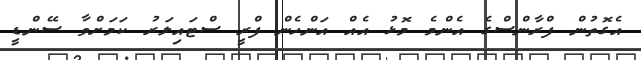
އެގޮތުން ފްރާންސްގެ އެންމެ މޮޅު އެއް އަންހެން ފްރީ ސްޓައިލަރު ކަމަށްވާ ސޭންޑީ